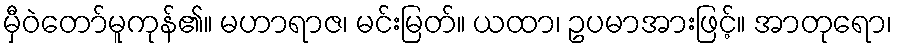
မှီဝဲတော်မူကုန်၏။ မဟာရာဇ၊ မင်းမြတ်။ ယထာ၊ ဥပမာအားဖြင့်။ အာတုရော၊